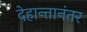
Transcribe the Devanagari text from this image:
देहान्तानंतर